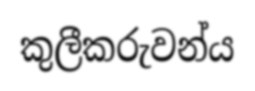
කුලීකරුවන්ය